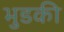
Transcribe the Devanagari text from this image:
भुडकी